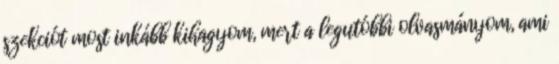
szekciót most inkább kihagyom, mert a legutóbbi olvasmányom, ami